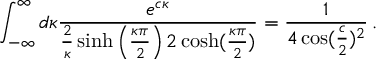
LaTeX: \int _ { - \infty } ^ { \infty } d \kappa \frac { e ^ { c \kappa } } { \frac { 2 } { \kappa } \sinh \left( \frac { \kappa \pi } { 2 } \right) 2 \cosh ( \frac { \kappa \pi } 2 ) } = \frac { 1 } { 4 \cos ( { \frac { c } { 2 } } ) ^ { 2 } } \, .